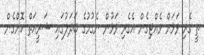
ތީ ގެރި ވަޅަށް ވެއްޓިގެން އެގެރި ވަޅުން ނެގުމުގެ ބަދަލުގައި ޝަރީއަތް ކޮށްގެން